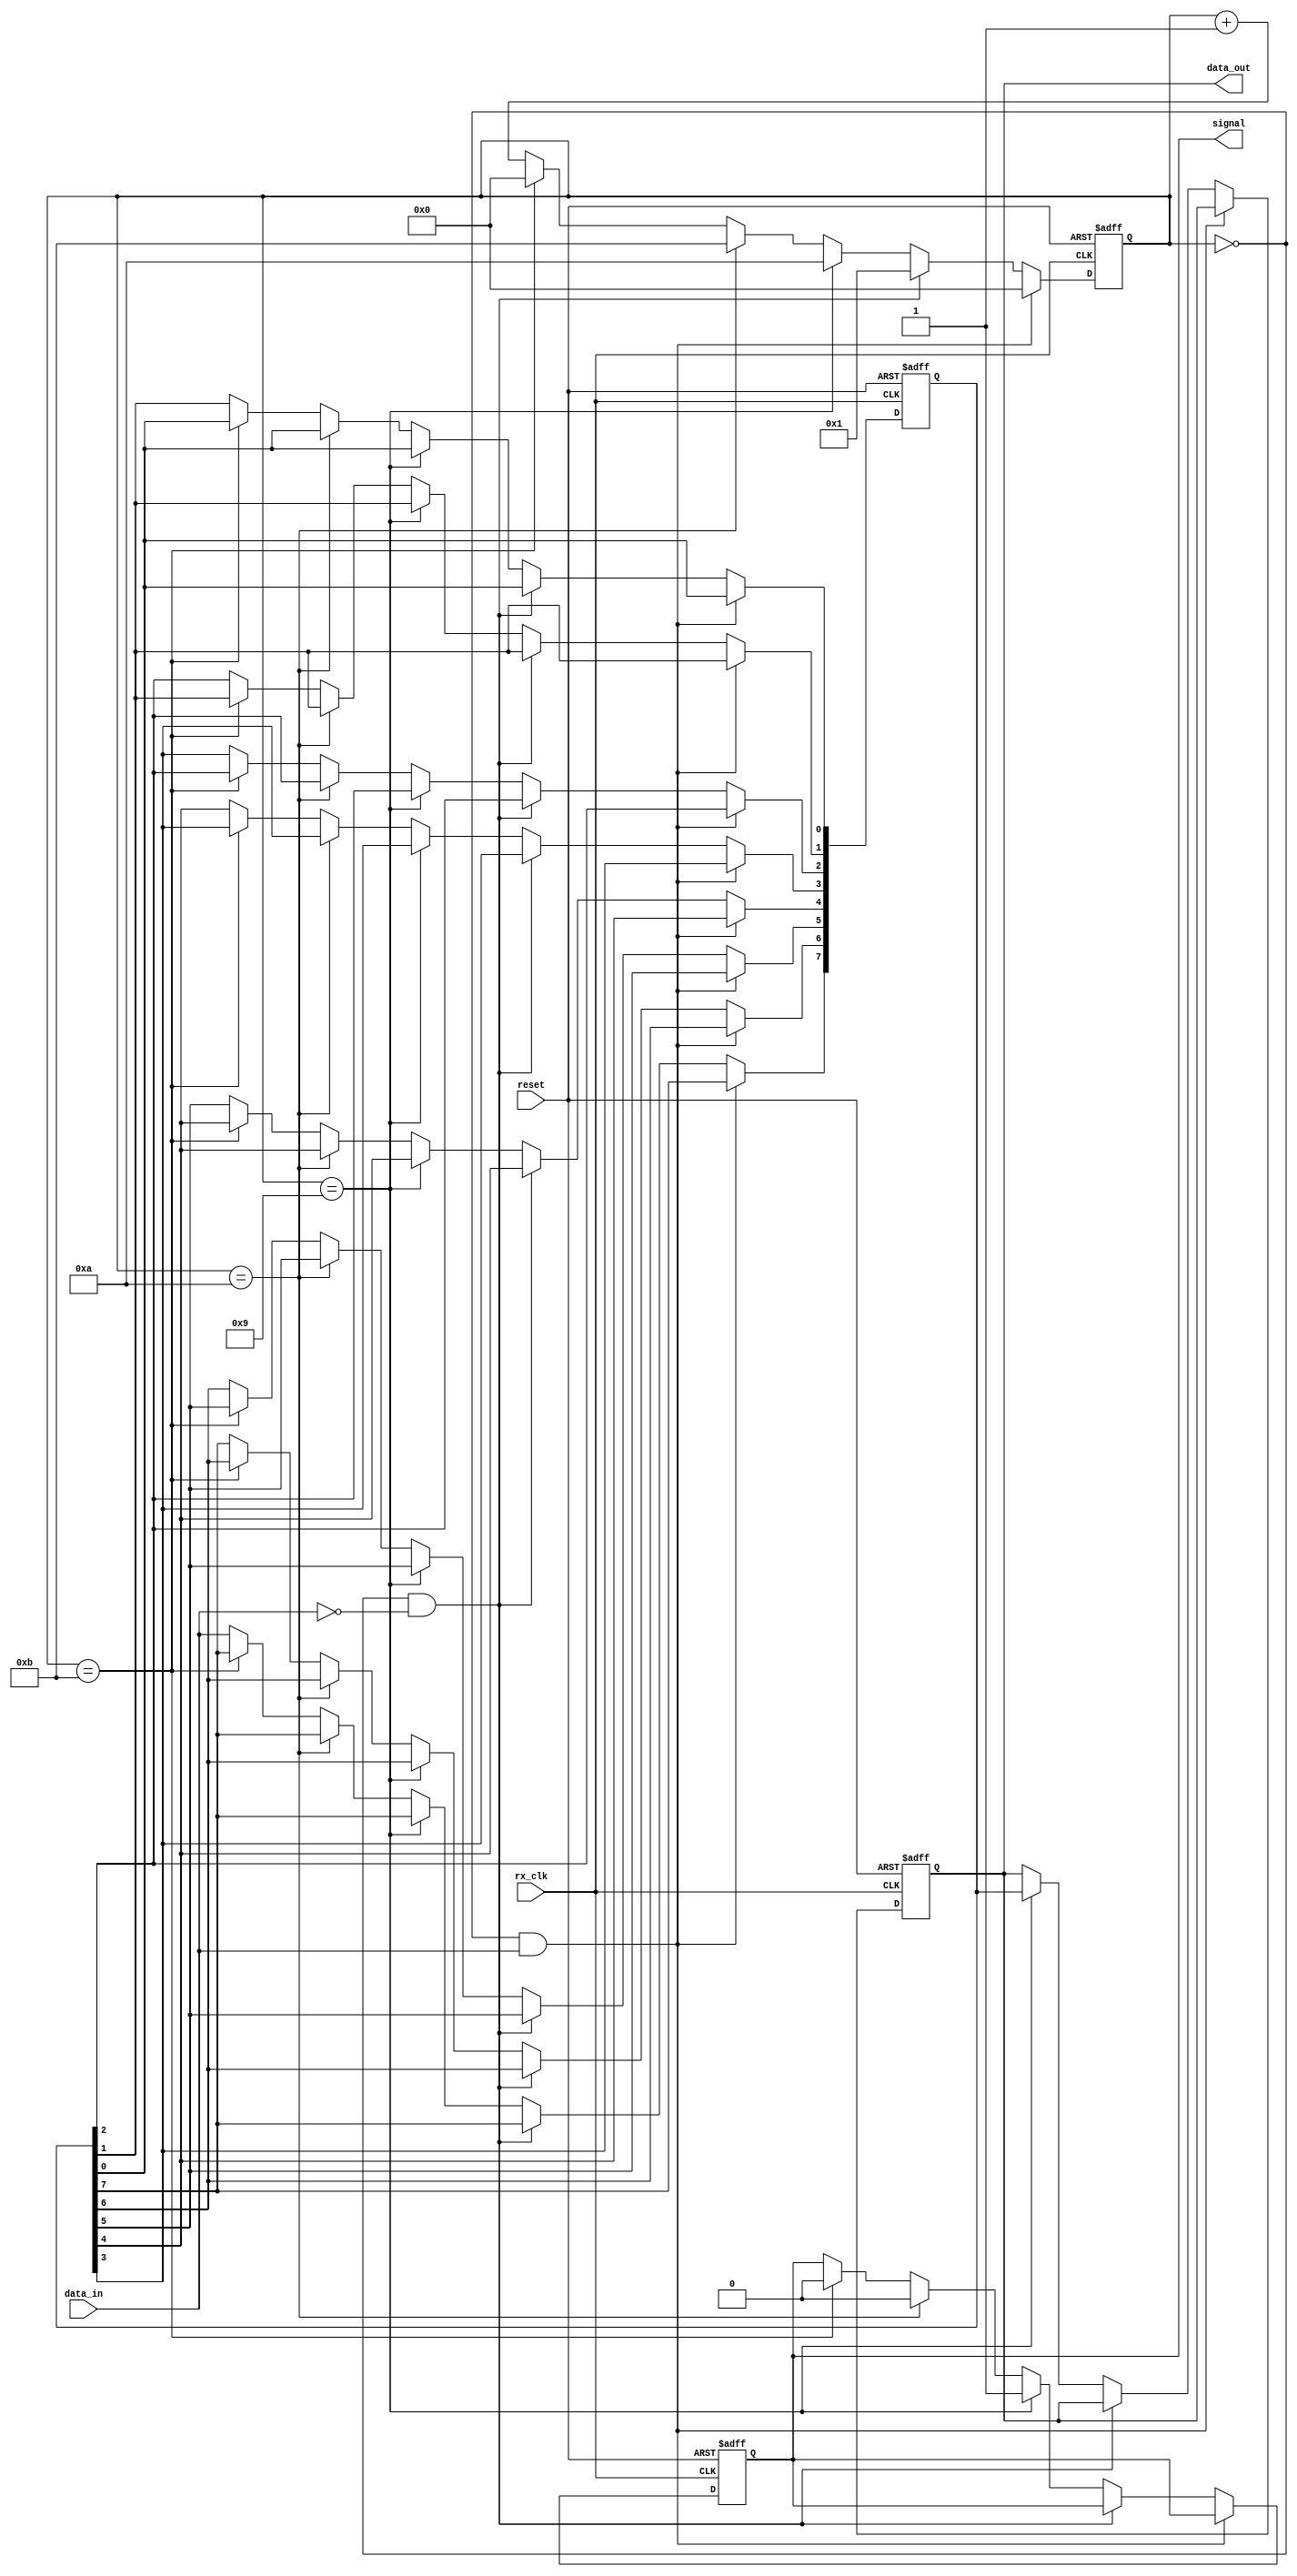
module receiver(
    input data_in,																	// 1 bit data received from Rx bus
    input rx_clk,																		// clk
	 input reset,
	 output signal,																	// when signal == 1, signifies that one byte of data is received
    output [7:0] data_out															// output of the received data
    );

	reg [7:0] data;																	// Store the received data
	reg [7:0] shift;																	// Shift register to receive the 8 bit data
	reg [3:0] state;
	reg sig;																				// sig set when received a data

	assign data_out = data;
	assign signal = sig;


always @(posedge rx_clk , posedge reset)
	begin
	if (reset) 																			// clear registers
		begin
		data <= 0;
		state <= 0;
		shift <= 0;
		sig = 0;							
		end 
	else if (state == 0 && data_in == 1)
		state <= 0;																		// stay in state 0 if line is idle (high)
	else if (state == 0 && data_in == 0)
		state <= 1;																		// go to state 1 when line goes low
	else if (state == 9) 															
		begin																				// assign data to output port and raise flag when 8 bits have been read
	   state <= 10;
		data <= shift;
		sig = 1;									
		end
	else if (state == 10)
		begin																				// one clock cycle delay, clear flag bit. 
	   state <= 11;
		sig = 0;														
		end
	else if (state == 11)
		begin
	   state <= 0;																		// return to state 0.
		sig = 0;															
		end
	else
		begin
	   state <= state+1'b1;																// increment state and shift in one bit of data
		shift[0] <= shift [1];
		shift[1] <= shift [2];
		shift[2] <= shift [3];
		shift[3] <= shift [4];
		shift[4] <= shift [5];
		shift[5] <= shift [6];
		shift[6] <= shift [7];
		shift[7] <= data_in;
		end
	end	
	
	

endmodule